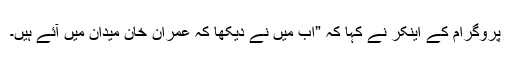
پروگرام کے اینکر نے کہا کہ ”اب میں نے دیکھا کہ عمران خان میدان میں آئے ہیں۔